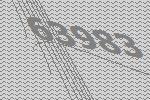
63983